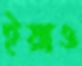
ইয়াও